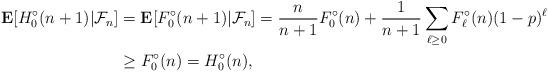
LaTeX: \begin{align*} \mathbf E[H_0^\circ(n+1)|\mathcal F_n] &= \mathbf E[F_0^\circ(n+1)|\mathcal F_n] = \frac n{n+1}F_0^\circ(n)+\frac1{n+1}\sum_{\ell\geq0}F_\ell^\circ(n)(1-p)^\ell \\ & \geq F_0^\circ(n) = H_0^\circ(n),\end{align*}